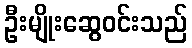
ဦးမျိုးဆွေဝင်းသည်